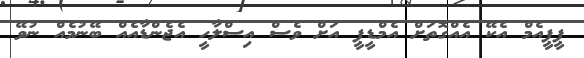
ޕީޕީއެމް އެކޭ އެއްގޮތަށް އެމްޑީޕީ އަށް ވެސް އިސްލާހީ އެޖެންޑާއެއް ބޭނުމެއް ނުވޭ